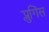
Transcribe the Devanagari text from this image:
प्लुगिंस